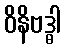
ဝိနိဗဒ္ဓါ